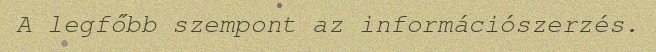
A legfőbb szempont az információszerzés.